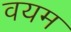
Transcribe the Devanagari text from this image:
वयम